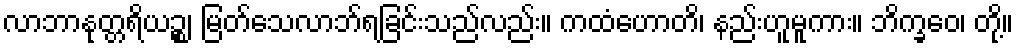
လာဘာနုတ္တရိယဉ္စ၊ မြတ်သေလာဘ်ရခြင်းသည်လည်း။ ကထံဟောတိ၊ နည်းဟူမူကား။ ဘိက္ခဝေ၊ တို့။